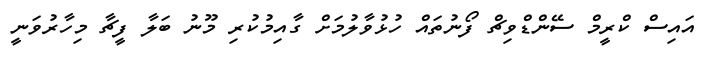
އައިސް ކްރީމް ސޭންޑްވިޗް ފޯނުތައް ހުޅުވާލުމަށް ގާއިމުކުރި މޫނު ބަލާ ފީޗާ މިހާރުވަނީ